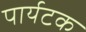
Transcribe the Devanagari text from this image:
पार्यटक